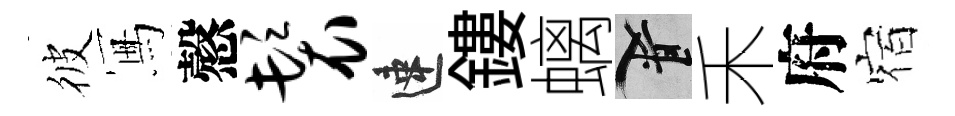
彼冩慤鬟速鏤螭柳禾府宿